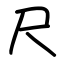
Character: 尺